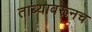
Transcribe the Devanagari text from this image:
ताब्यावरूनच